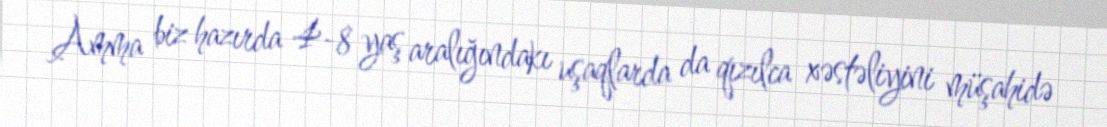
Amma biz hazırda 4-8 yaş aralığındakı uşaqlarda da qızılca xəstəliyini müşahidə